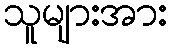
သူများအား